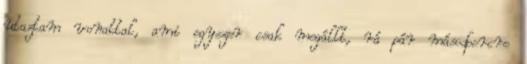
utaztam vonattal, ami egyszer csak megállt, rá pár másodpercre